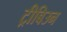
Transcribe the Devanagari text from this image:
ट्रीबिउन